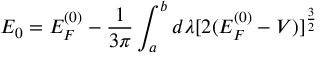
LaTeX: E _ { 0 } = E _ { F } ^ { ( 0 ) } - \frac { 1 } { 3 \pi } \int _ { a } ^ { b } d \lambda [ 2 ( E _ { F } ^ { ( 0 ) } - V ) ] ^ { \frac { 3 } { 2 } }